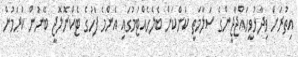
އިތުރަށް ވިދާޅުވީހައްޖާޖީންގެ ސަލާމަތީ ކަންކަން ބެލެހެއްޓުމުގައި އެންމެ ފަހުގެ ޓެކްނޮލޮޖީ ބޭނުން ކުރަމުން